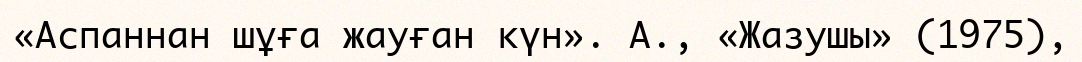
«Аспаннан шұға жауған күн». А., «Жазушы» (1975),